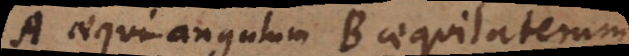
A aequiangulum B aequilaterum